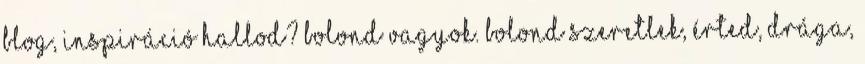
blog, inspiráció Hallod? Bolond vagyok. Bolond Szeretlek, érted, drága,